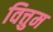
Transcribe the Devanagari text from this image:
वित्तुम